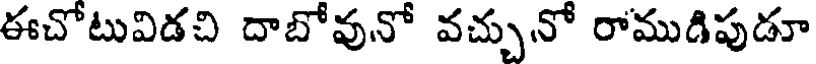
ఈచోటువిడచి దాబోవునో వచ్చునో రాముడిపుడూ